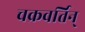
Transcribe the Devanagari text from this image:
चक्रवर्तिन्